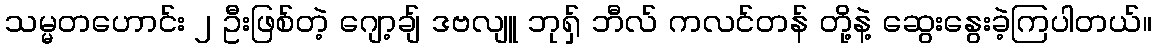
သမ္မတဟောင်း ၂ ဦးဖြစ်တဲ့ ဂျော့ချ် ဒဗလျူ ဘုရှ် ဘီလ် ကလင်တန် တို့နဲ့ ဆွေးနွေးခဲ့ကြပါတယ်။